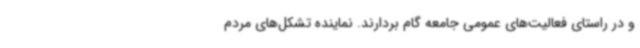
و در راستای فعالیت‌های عمومی جامعه گام بردارند. نماینده تشکل‌های مردم